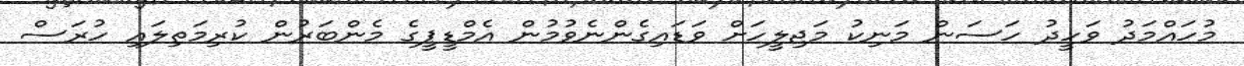
މުހައްމަދު ވަހީދު ހަސަން މަނިކު މަޖިލީހަށް ވަޑައިގެންނެވުމުން އެމްޑީޕީގެ މެންބަރުން ކުރިމަތިލައި ހުރަސް